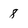
Character: 8